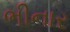
ભીનાર